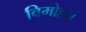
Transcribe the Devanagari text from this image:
विमोहनं